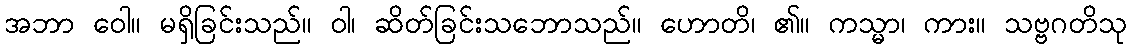
အဘာ ဝေါ။ မရှိခြင်းသည်။ ဝါ၊ ဆိတ်ခြင်းသဘောသည်။ ဟောတိ၊ ၏။ ကသ္မာ၊ ကား။ သဗ္ဗဂတိသု